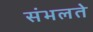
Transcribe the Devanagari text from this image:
संभलते